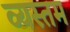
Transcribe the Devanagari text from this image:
व्यस्तम